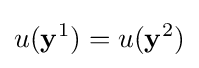
u(\mathbf {y} ^{1})=u(\mathbf {y} ^{2})